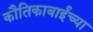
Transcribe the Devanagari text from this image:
कौतिकाबाईंच्या